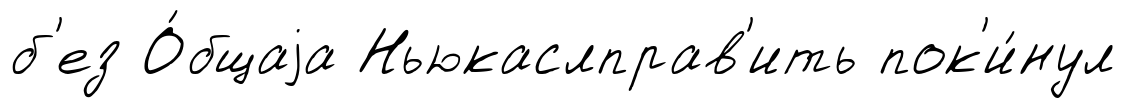
б'ез О́бщаjа Ньюкаслправ'ить пок'и́нул